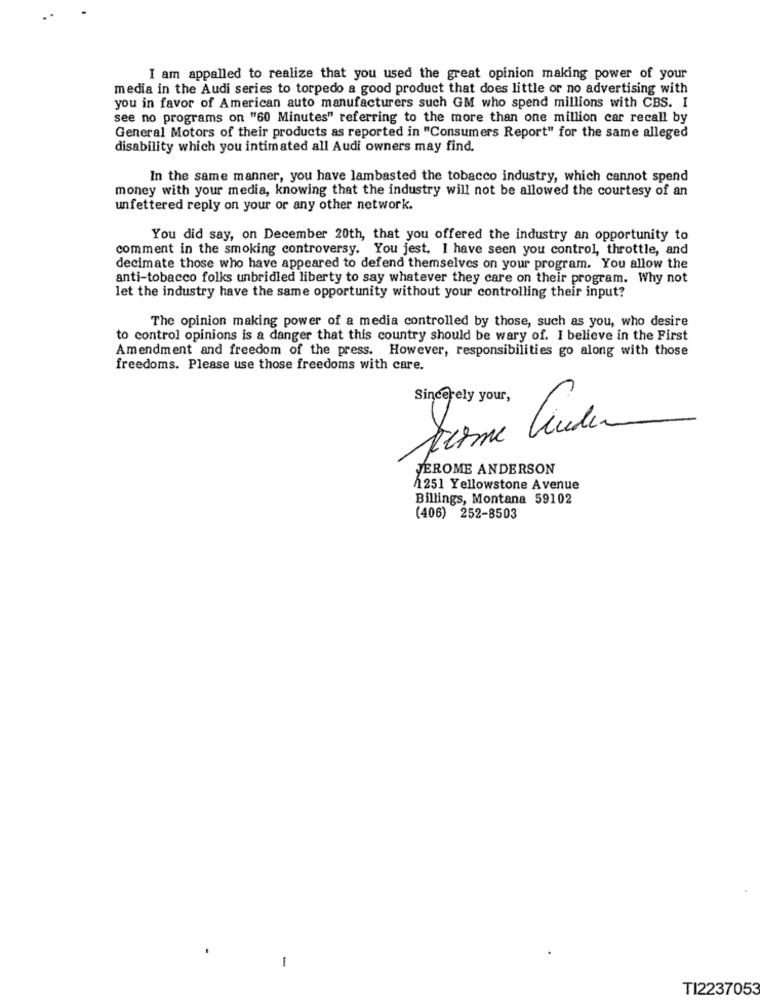
I am appalled to realize that you used the great opinion making power of your
media in the Audi series to torpedo a good product that does little or no advertising with
you in favor of American auto manufacturers such GM who spend millions with CBS. I
see no programs on "60 Minutes" referring to the more than one million car recall by
General Motors of their products as reported in "Consumers Report" for the same alleged
disability which you intimated all Audi owners may find.
In the same manner, you have lambasted the tobacco industry, which cannot spend
money with your media, knowing that the industry will not be allowed the courtesy of an
unfettered reply on your or any other network.
You did say, on December 20th, that you offered the industry an opportunity to
comment in the smoking controversy. You jest. I have seen you control, throttle, and
decimate those who have appeared to defend themselves on your program. You allow the
anti-tobacco folks unbridled liberty to say whatever they care on their program. Why not
let the industry have the same opportunity without your controlling their input?
The opinion making power of a media controlled by those, such as you, who desire
to control opinions is a danger that this country should be wary of. I believe in the First
Amendment and freedom of the press. However, responsibilities go along with those
freedoms. Please use those freedoms with care.
Sincerely your,
JEROME ANDERSON
1251 Yellowstone Avenue
Billings, Montana 59102
(406) 252-8503
-
TI2237053